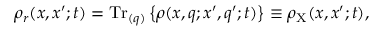
\rho _ { r } ( x , x ^ { \prime } ; t ) = \mathrm { T r } _ { ( q ) } \left\{ \rho ( x , q ; x ^ { \prime } , q ^ { \prime } ; t ) \right\} \equiv \rho _ { \mathrm { X } } ( x , x ^ { \prime } ; t ) ,